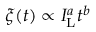
\xi ( t ) \propto I _ { \mathrm { L } } ^ { a } t ^ { b }